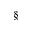
\S